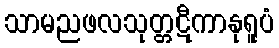
သာမညဖလသုတ္တဋီကာနုရူပံ